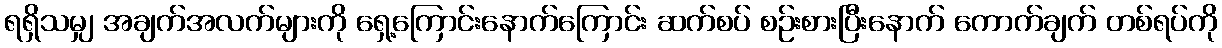
ရရှိသမျှ အချက်အလက်များကို ရှေ့ကြောင်းနောက်ကြောင်း ဆက်စပ် စဉ်းစားပြီးနောက် ကောက်ချက် တစ်ရပ်ကို